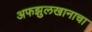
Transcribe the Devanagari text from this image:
अफझुलखानाचा